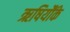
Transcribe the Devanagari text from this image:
ऋषियौंके